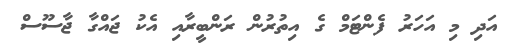
އަދި މި އަހަރު ފެންޓަމް ގެ އިތުރުން ރަންބީރާއި އެކު ޖައްގާ ޖާސޫސް